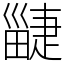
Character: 疀